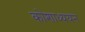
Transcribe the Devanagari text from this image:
कोशाध्ययन